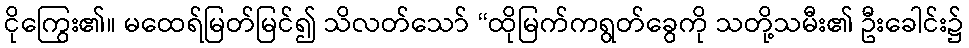
ငိုကြွေး၏။ မထေရ်မြတ်မြင်၍ သိလတ်သော် “ထိုမြက်ကရွတ်ခွေကို သတို့သမီး၏ ဦးခေါင်း၌